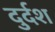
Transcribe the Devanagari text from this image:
दुर्दश